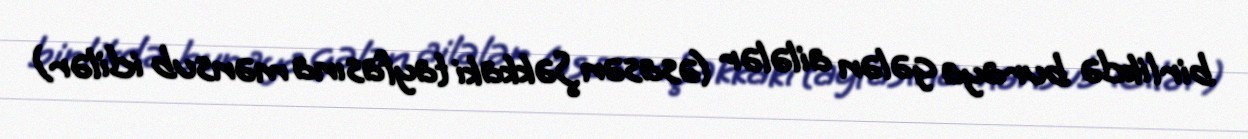
birlikdə buraya gələn ailələr (əsasən Şəkkaki tayfasına mənsub idilər)